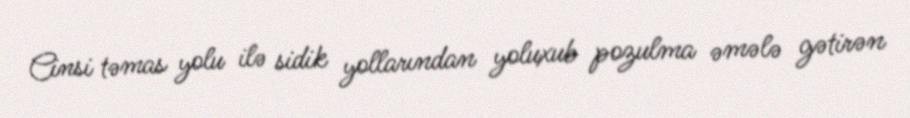
Cinsi təmas yolu ilə sidik yollarından yoluxub pozulma əmələ gətirən